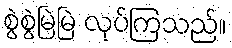
စွဲစွဲမြဲမြဲ လုပ်ကြသည်။